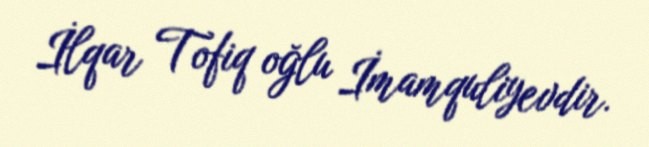
İlqar Tofiq oğlu İmamquliyevdir.